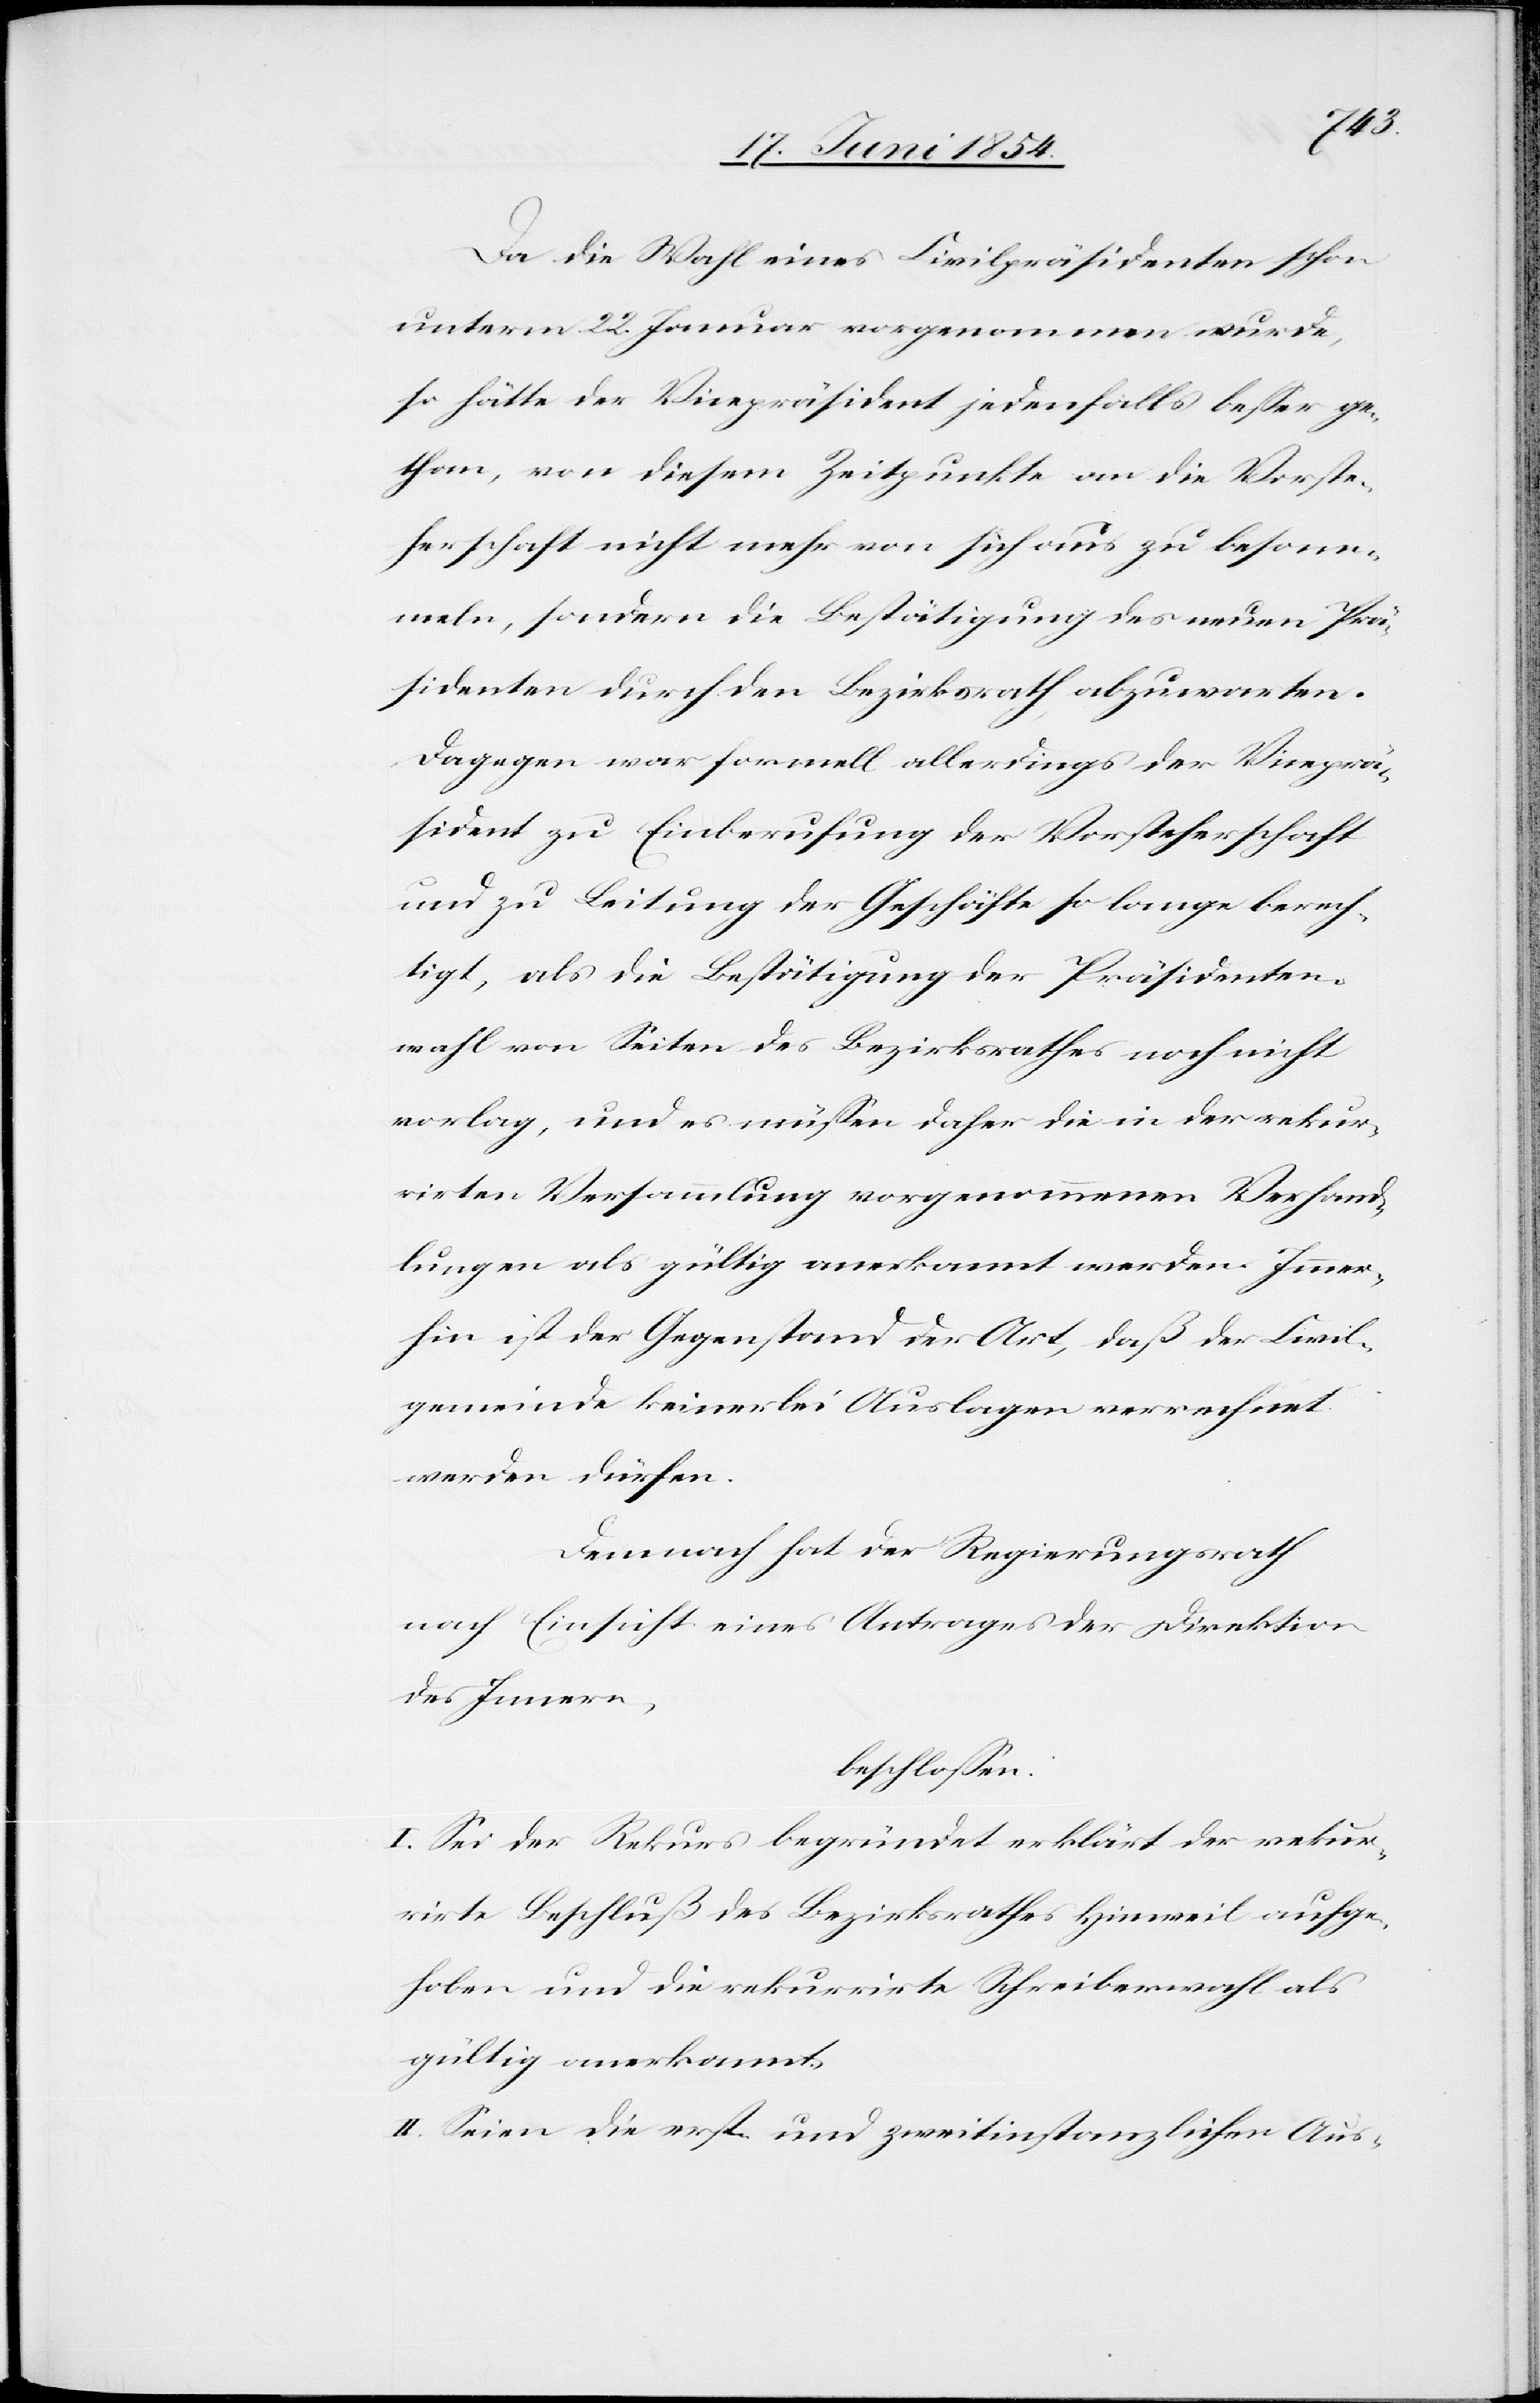
Da die Wahl eines Civilpräsidenten schon
unterm 22. Januar vorgenommen wurde,
so hätte der Vicepräsident jedenfalls beßer ge¬
than, von diesem Zeitpunkte an die Vorste¬
herschaft nicht mehr von sich aus zu besam¬
meln, sondern die Bestätigung des neuen Prä¬
sidenten durch den Bezirksrath abzuwarten.
Dagegen war formell allerdings der Viceprä¬
sident zu Einberufung der Vorsteherschaft
und zu Leitung der Geschäfte so lange berech¬
tigt, als die Bestätigung der Präsidenten¬
wahl von Seiten des Bezirksrathes noch nicht
vorlag, und es müßen daher die in der rekur¬
rirten Versammlung vorgenommenen Verhand¬
lungen als gültig anerkannt werden. Immer¬
hin ist der Gegenstand der Art, daß der Civil¬
gemeinde keinerlei Auslagen verrechnet
werden dürfen.
Demnach hat der Regierungsrath
nach Einsicht eines Antrages der Direktion
des Innern,
beschloßen:
I. Sei der Rekurs begründet erklärt[,] der rekur¬
rirte Beschluß des Bezirksrathes Hinweil aufge¬
hoben und die rekurrirte Schreiberwahl als
gültig anerkannt.
II. Seien die erst- und zweitinstanzlichen Aus-